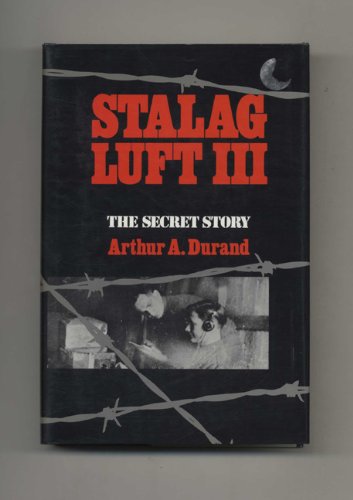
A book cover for Stalag Luft III: The Secret Story; Arthur A. Durand; History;